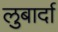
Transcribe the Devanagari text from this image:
लुबार्दा